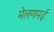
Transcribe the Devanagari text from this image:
मेलणमई